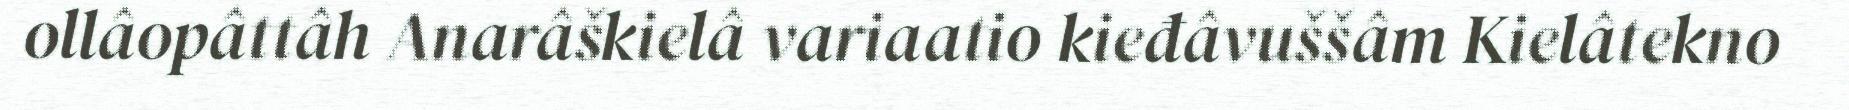
ollâopâttâh Anarâškielâ variaatio kieđâvuššâm Kielâtekno